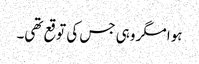
ہوا مگر وہی جس کی توقع تھی۔